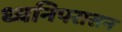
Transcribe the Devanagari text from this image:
ध्वनिपरासन